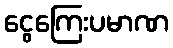
ငွေကြေးပမာဏ